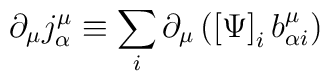
\partial _{\mu }j_{\alpha }^{\mu }\equiv \sum_{i}\partial _{\mu }\left(\left[ \Psi \right] _{i}b_{\alpha i}^{\mu }\right)